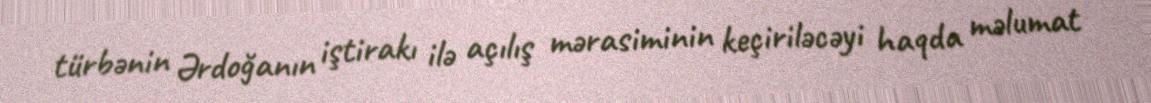
türbənin Ərdoğanın iştirakı ilə açılış mərasiminin keçiriləcəyi haqda məlumat